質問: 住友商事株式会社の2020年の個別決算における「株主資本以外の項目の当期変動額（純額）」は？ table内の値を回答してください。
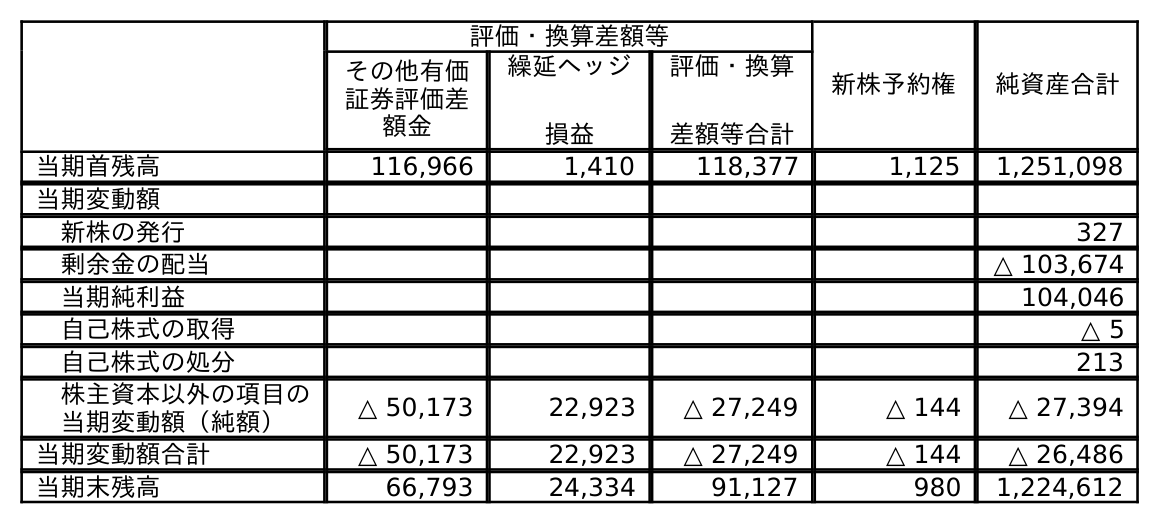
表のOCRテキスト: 評価・換算差額等 新株予約権 純資産合計 その他有価 証券評価差 額金 繰延ヘッジ 損益 評価・換算 差額等合計 当期首残高 116,966 1,410 118,377 1,125 1,251,098 当期変動額 新株の発行 327 剰余金の配当 △ 103,674 当期純利益 104,046 自己株式の取得 △ 5 自己株式の処分 213 株主資本以外の項目の 当期変動額（純額） △ 50,173 22,923 △ 27,249 △ 144 △ 27,394 当期変動額合計 △ 50,173 22,923 △ 27,249 △ 144 △ 26,486 当期末残高 66,793 24,334 91,127 980 1,224,612
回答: △27,394